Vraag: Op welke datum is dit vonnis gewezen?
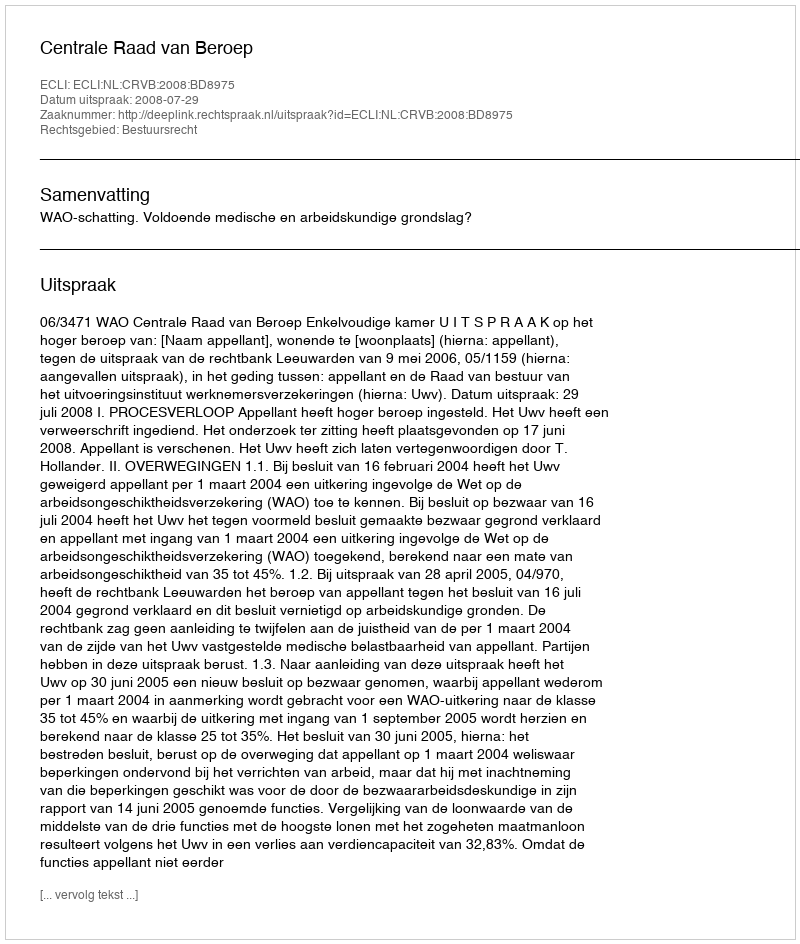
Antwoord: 2008-07-29